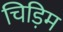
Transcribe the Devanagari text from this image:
चिड़िम